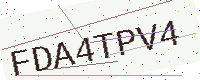
Text: FDA4TPV4